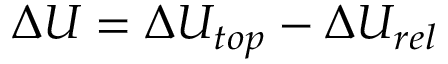
\Delta U = \Delta U _ { t o p } - \Delta U _ { r e l }